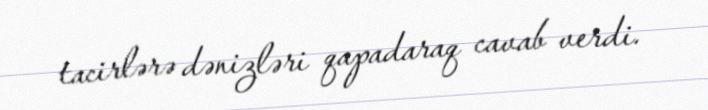
tacirlərə dənizləri qapadaraq cavab verdi.